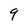
Character: 9